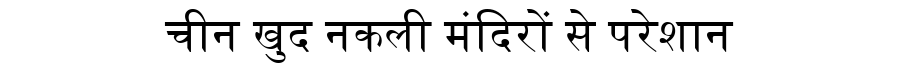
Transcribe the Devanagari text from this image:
चीन खुद नकली मंदिरों से परेशान